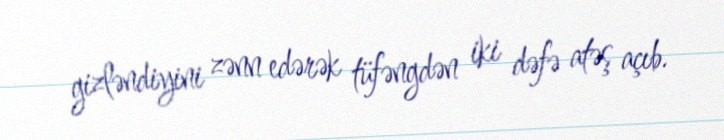
gizləndiyini zənn edərək tüfəngdən iki dəfə atəş açıb.